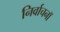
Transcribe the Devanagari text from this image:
निर्वाचनॉ